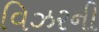
વિઝરની